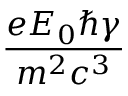
\frac { e { \cal E } _ { 0 } \hbar \gamma } { m ^ { 2 } c ^ { 3 } }